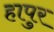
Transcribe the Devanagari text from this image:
हापुर